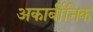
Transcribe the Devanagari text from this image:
अकार्बीनिक